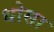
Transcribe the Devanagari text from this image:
धोसा